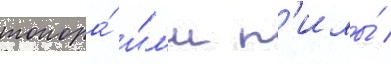
топора́ и́л'и п'илы́ /